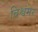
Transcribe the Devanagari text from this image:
विश्वंमर